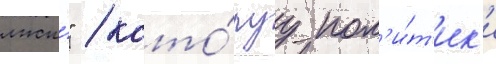
лжи́" / кото́руу пол'и́т'ик'и